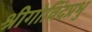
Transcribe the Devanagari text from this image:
श्रीगोविंदप्रभु